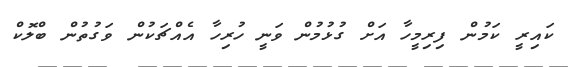
ކައިރީ ކަމުން ފިރިމީހާ އަށް ގުޅުމުން ވަނީ ހުރިހާ އެއްޗަކުން ވަގުތުން ބްލޮކް